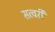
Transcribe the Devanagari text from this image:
सत्वरी